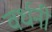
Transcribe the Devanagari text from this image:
वर्धनी